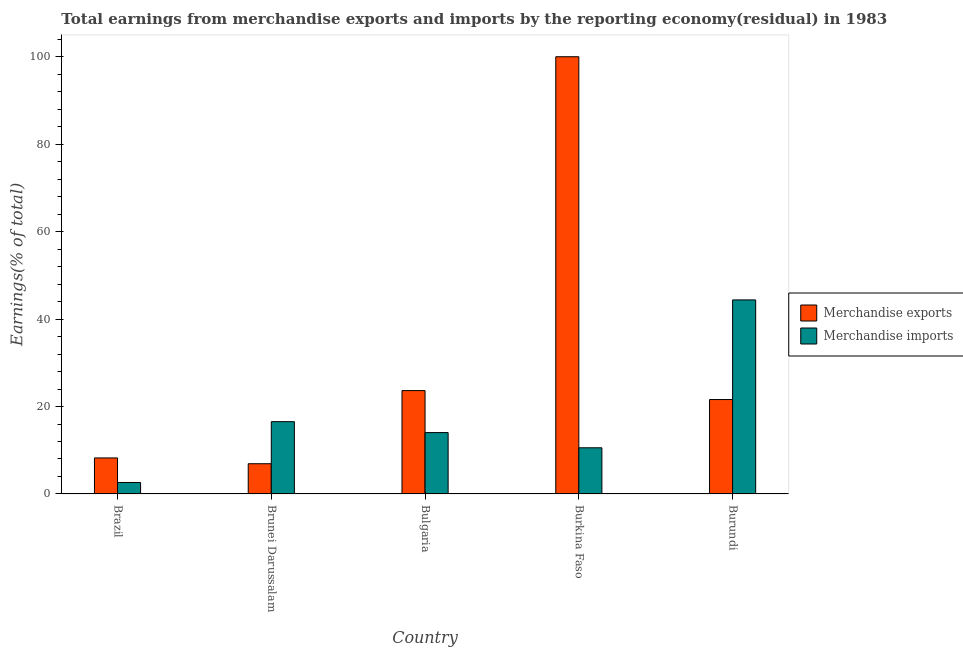
| Country | Merchandise exports | Merchandise imports |
 | --- | --- | --- |
 | Brazil | 8.24 | 2.63 |
 | Brunei Darussalam | 6.92 | 16.5 |
 | Bulgaria | 23.6 | 14 |
 | Burkina Faso | 100 | 10.6 |
 | Burundi | 21.6 | 44.4 |